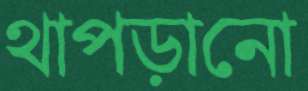
থাপড়ানো